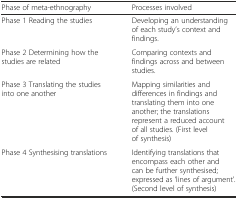
<table><thead><tr><td><b>Phase of meta-ethnography</b></td><td><b>Processes involved</b></td></tr></thead><tbody><tr><td>Phase 1 Reading the studies</td><td>Developing an understanding of each study’s context and findings.</td></tr><tr><td>Phase 2 Determining how the studies are related</td><td>Comparing contexts and findings across and between studies.</td></tr><tr><td>Phase 3 Translating the studies into one another</td><td>Mapping similarities and differences in findings and translating them into one another; the translations represent a reduced account of all studies. (First level of synthesis)</td></tr><tr><td>Phase 4 Synthesising translations</td><td>Identifying translations that encompass each other and can be further synthesised; expressed as ‘lines of argument’. (Second level of synthesis)</td></tr></tbody></table>